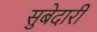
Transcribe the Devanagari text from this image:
सुबेदारी